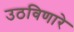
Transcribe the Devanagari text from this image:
उठविणारे